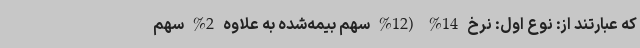
که عبارتند از: نوع اول: نرخ 14% (12% سهم بیمه‌شده به علاوه 2% سهم